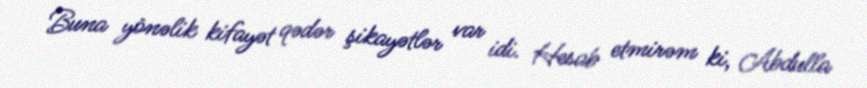
Buna yönəlik kifayət qədər şikayətlər var idi. Hesab etmirəm ki, Abdulla